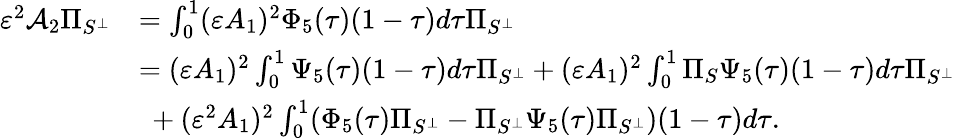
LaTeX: \begin{array}{rl}{\varepsilon^{2}\mathcal{A}_{2}\Pi_{S^{\perp}}}&{=\int_{0}^{1}(\varepsilon A_{1})^{2}\Phi_{5}(\tau)(1-\tau)d\tau\Pi_{S^{\perp}}}\\ &{=(\varepsilon A_{1})^{2}\int_{0}^{1}\Psi_{5}(\tau)(1-\tau)d\tau\Pi_{S^{\perp}}+(\varepsilon A_{1})^{2}\int_{0}^{1}\Pi_{S}\Psi_{5}(\tau)(1-\tau)d\tau\Pi_{S^{\perp}}}\\ &{\ +(\varepsilon^{2}A_{1})^{2}\int_{0}^{1}(\Phi_{5}(\tau)\Pi_{S^{\perp}}-\Pi_{S^{\perp}}\Psi_{5}(\tau)\Pi_{S^{\perp}})(1-\tau)d\tau.}\end{array}